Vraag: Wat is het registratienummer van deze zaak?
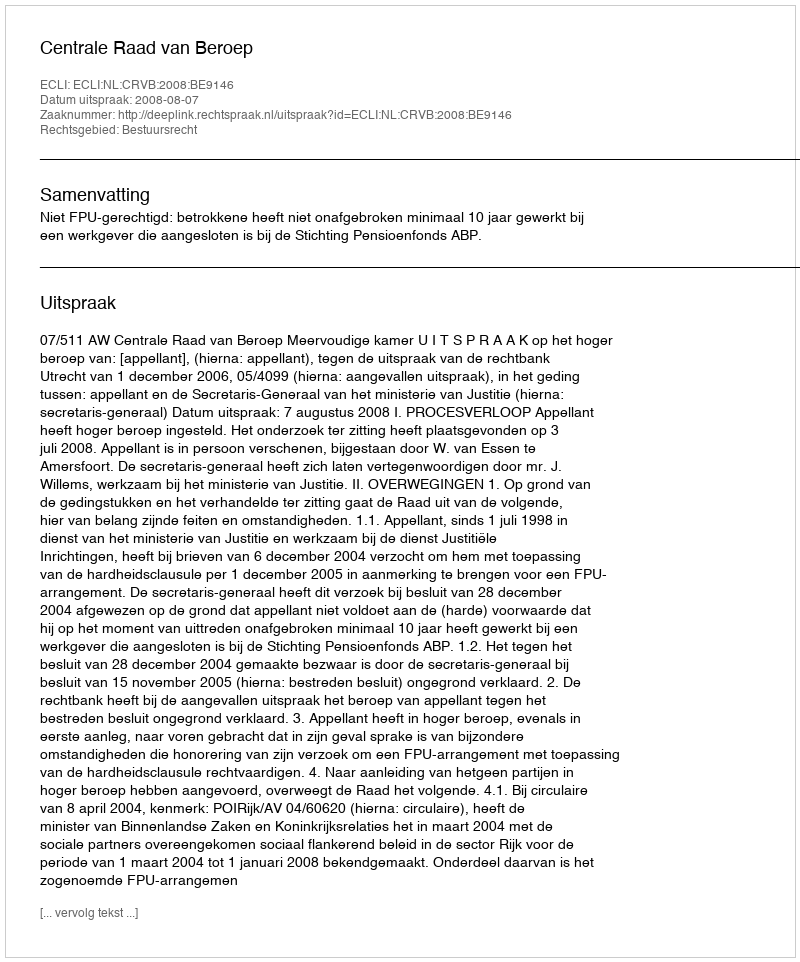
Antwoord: http://deeplink.rechtspraak.nl/uitspraak?id=ECLI:NL:CRVB:2008:BE9146